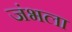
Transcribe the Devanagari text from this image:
जंभला